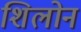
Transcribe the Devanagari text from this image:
शिलोन